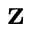
\mathbf { z }